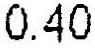
0.40